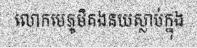
លោកមេភូមិគងនយស្លាប់ក្នុង